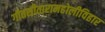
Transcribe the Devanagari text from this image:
गीतसीतारामहोलीविहार